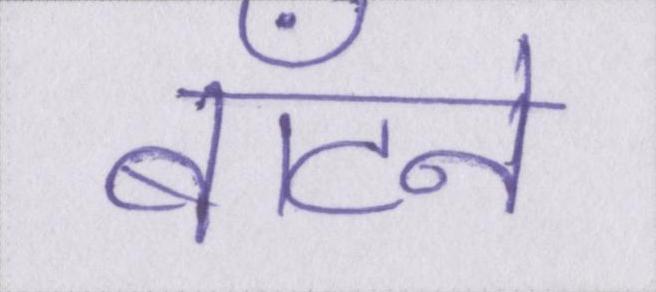
बाँटने